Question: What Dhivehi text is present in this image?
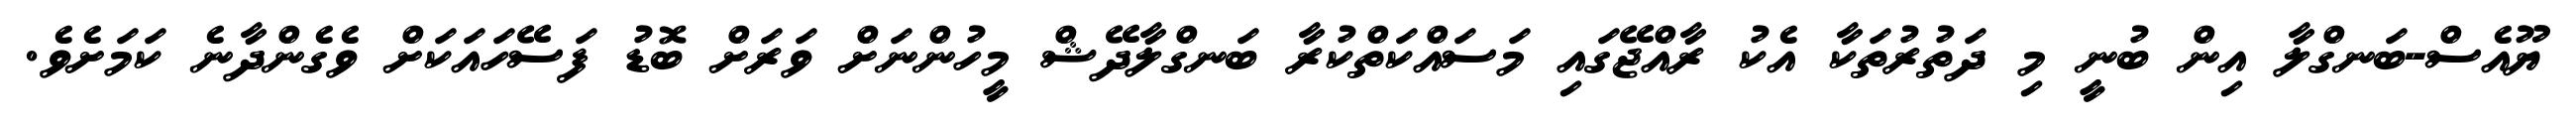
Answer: ޔޫއެސް-ބަނގްލާ އިން ބުނީ މި ދަތުރުތަކާ އެކު ރާއްޖޭގައި މަސައްކަތްކުރާ ބަނގްލާދޭޝް މީހުންނަށް ވަރަށް ބޮޑު ފަސޭހައަކަށް ވެގެންދާނެ ކަމަށެވެ.